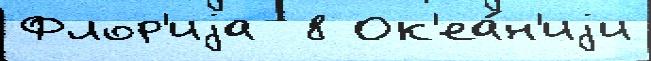
Флор'иjа  8 Ок'еа́н'иjи